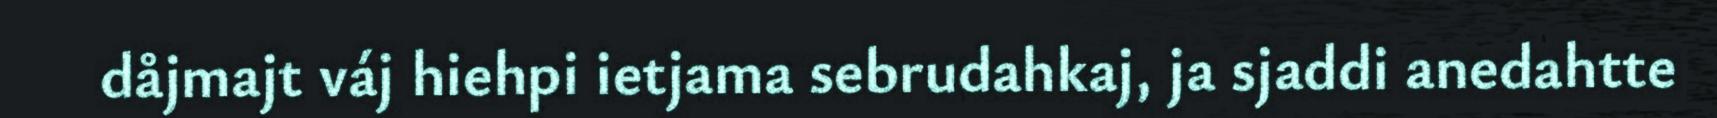
dåjmajt váj hiehpi ietjama sebrudahkaj, ja sjaddi anedahtte